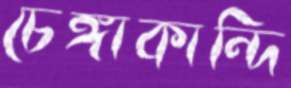
চেঙ্গাকান্দি